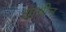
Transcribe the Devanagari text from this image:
यानीन